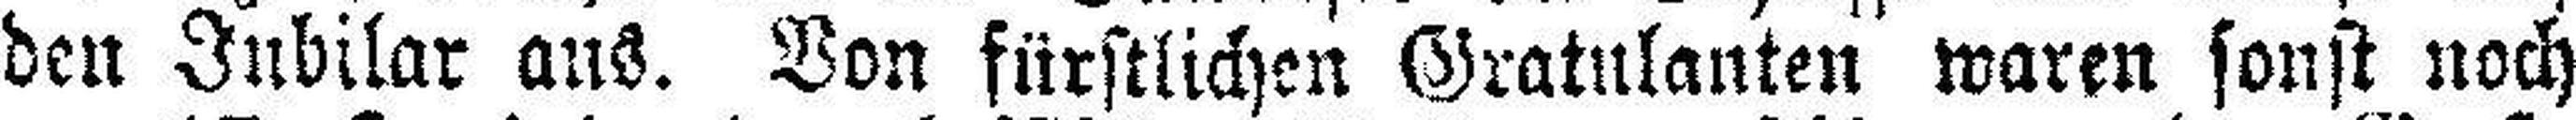
den Jubilar aus. Von fürstlichen Gratulanten waren sonst noch